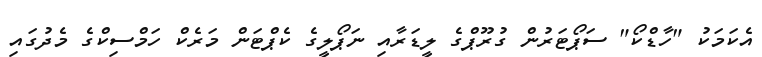
އެކަމަކު "ހާޑްކޯ" ސަޕޯޓަރުން ގުރޫޕްގެ ލީޑަރާއި ނަޕޯލީގެ ކެޕްޓަން މަރެކް ހަމްސިކްގެ މެދުގައި